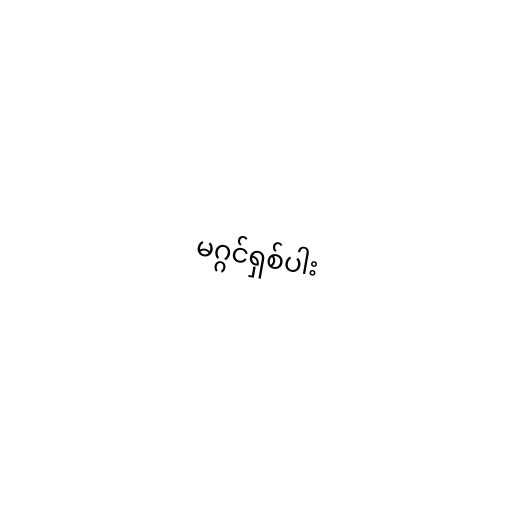
မဂ္ဂင်ရှစ်ပါး